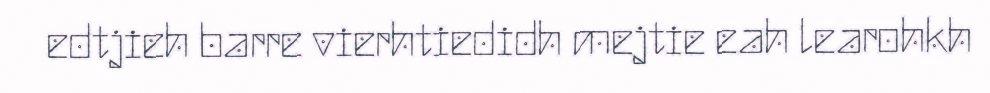
edtjieh barre vierhtiedidh mejtie eah learohkh